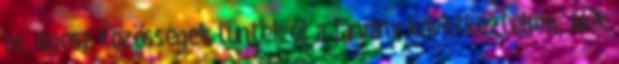
le, egész közösségek tűntek el a járvány következtében, akik